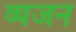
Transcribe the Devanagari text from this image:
व्यजन